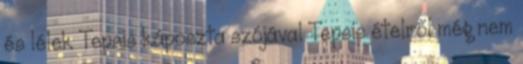
és lélek Tepsis káposzta szójával Tepsis ételről még nem